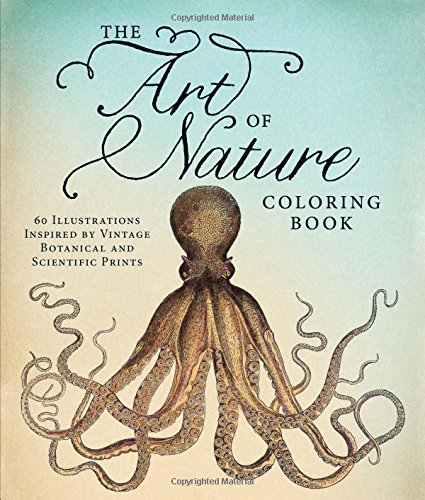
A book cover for The Art of Nature Coloring Book: 60 Illustrations Inspired by Vintage Botanical and Scientific Prints; Adams Media; Arts & Photography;